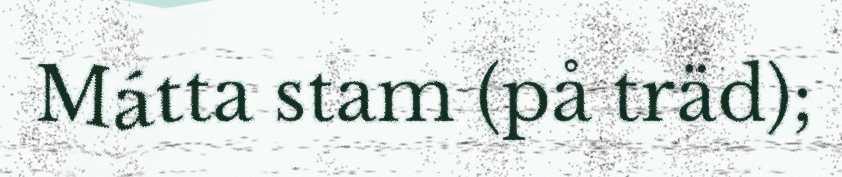
Mátta stam (på träd);